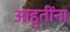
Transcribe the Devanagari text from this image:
आहुतींना